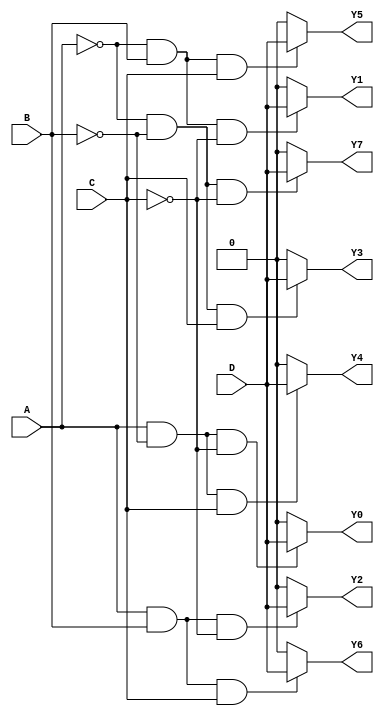
module demux_1to8 (
  input wire A, B, C,         // 3 input lines
  input wire D,               // data input signal
  output reg Y0, Y1, Y2, Y3, Y4, Y5, Y6, Y7  // 8 output lines
);

always @ (A or B or C) begin
    Y0 = (A & !B & !C) ? D : 1'b0;
    Y1 = (!A & B & !C) ? D : 1'b0;
    Y2 = (A & B & !C) ? D : 1'b0;
    Y3 = (!A & !B & C) ? D : 1'b0;
    Y4 = (A & !B & C) ? D : 1'b0;
    Y5 = (!A & B & C) ? D : 1'b0;
    Y6 = (A & B & C) ? D : 1'b0;
    Y7 = (!A & !B & !C) ? D : 1'b0;
end

endmodule